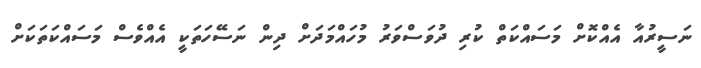
ނަސީރުއާ އެއްކޮށް މަސައްކަތް ކުރި ދުވަސްވަރު މުހައްމަދަށް ދިން ނަސޭހަތަކީ އެއްވެސް މަސައްކަތަކަށް